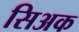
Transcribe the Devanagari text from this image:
सिअक